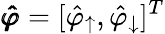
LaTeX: \pmb{\hat{\varphi}}=[\hat{\varphi}_{\uparrow},\hat{\varphi}_{\downarrow}]^{T}